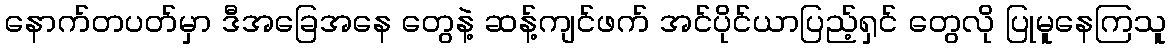
နောက်တပတ်မှာ ဒီအခြေအနေ တွေနဲ့ ဆန့်ကျင်ဖက် အင်ပိုင်ယာပြည့်ရှင် တွေလို ပြုမူနေကြသူ